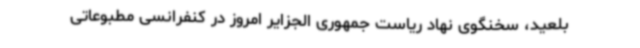
بلعید، سخنگوی نهاد ریاست جمهوری الجزایر امروز در کنفرانسی مطبوعاتی